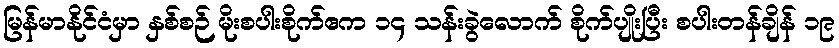
မြန်မာနိုင်ငံမှာ နှစ်စဉ် မိုးစပါးစိုက်ဧက ၁၄ သန်းခွဲလောက် စိုက်ပျိုးပြီး စပါးတန်ချိန် ၁၉